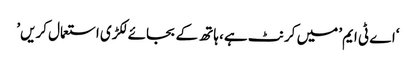
‘اے ٹی ایم’ میں کرنٹ ہے، ہاتھ کے بجائے لکڑی استعمال کریں’